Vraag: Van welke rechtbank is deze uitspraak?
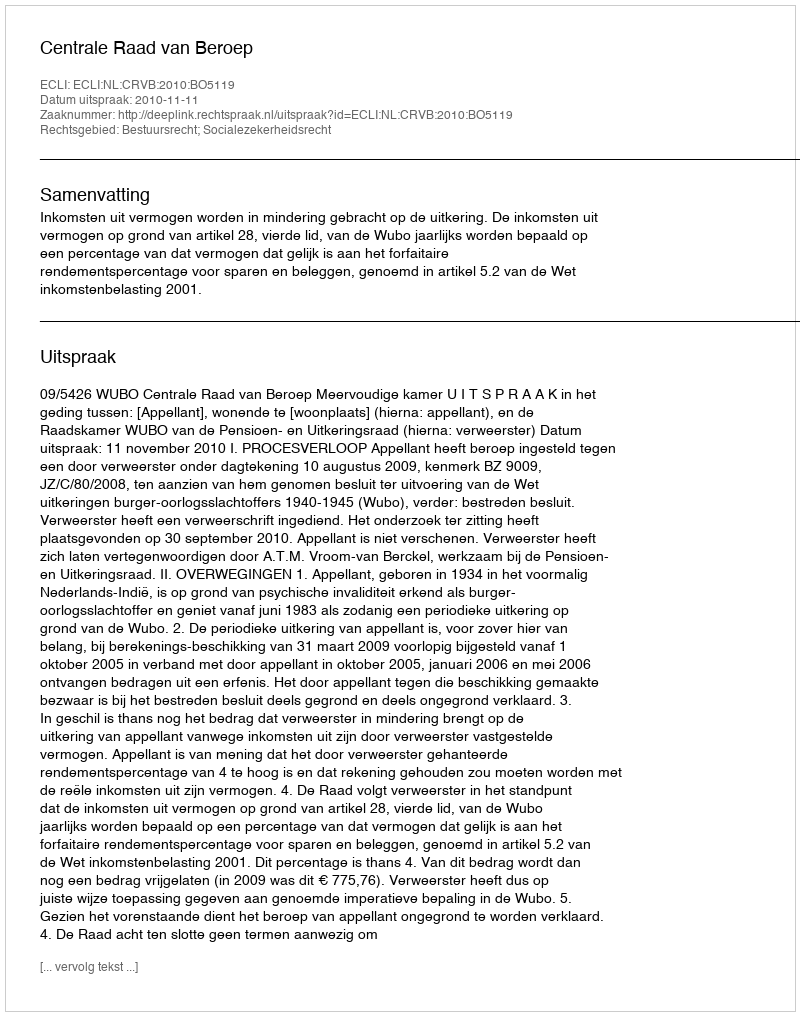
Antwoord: Centrale Raad van Beroep